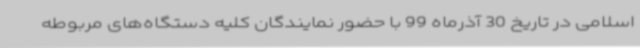
اسلامی در تاریخ 30 آذرماه 99 با حضور نمایندگان کلیه دستگاه‌های مربوطه